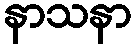
နာသနာ